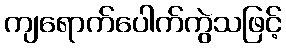
ကျရောက်ပေါက်ကွဲသဖြင့်